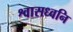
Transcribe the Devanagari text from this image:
श्वासध्वनि